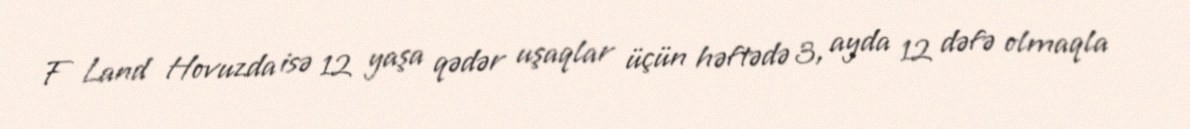
F Land Hovuzda isə 12 yaşa qədər uşaqlar üçün həftədə 3, ayda 12 dəfə olmaqla